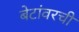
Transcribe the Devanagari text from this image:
बेटांवरची